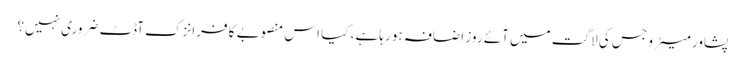
پشاور میٹرو جس کی لاگت میں آئے روز اضافہ ہو رہا ہے، کیا اس منصوبے کا فرانزک آڈٹ ضروری نہیں؟